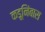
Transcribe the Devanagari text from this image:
कडूनिंबास